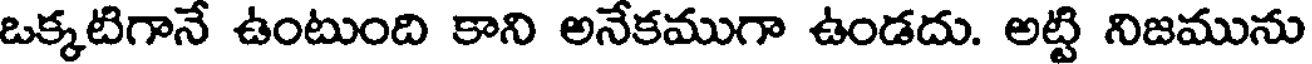
ఒక్కటిగానే ఉంటుంది కాని అనేకముగా ఉండదు. అట్టి నిజమును